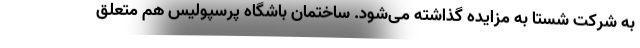
به شرکت شستا به مزایده گذاشته می‌شود. ساختمان باشگاه پرسپولیس هم متعلق